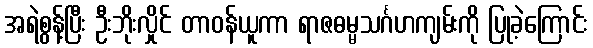
အရဲစွန့်ပြီး ဦးဘိုးလှိုင် တာဝန်ယူကာ ရာဇဓမ္မသင်္ဂဟကျမ်းကို ပြုခဲ့ကြောင်း